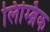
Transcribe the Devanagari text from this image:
लिम्ब्रिक